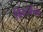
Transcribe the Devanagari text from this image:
डिस्टर्बन्स